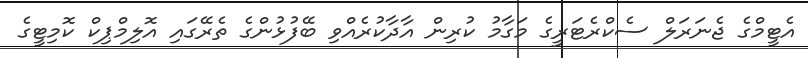
އެޓީމްގެ ޖެނަރަލް ސެކްރެޓަރީގެ މަގާމު ކުރިން އާދާކުރެއްވި ބޭފުޅުންގެ ތެރޭގައި އޮލިމްޕިކް ކޮމިޓީގެ